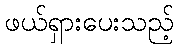
ဖယ်ရှားပေးသည့်